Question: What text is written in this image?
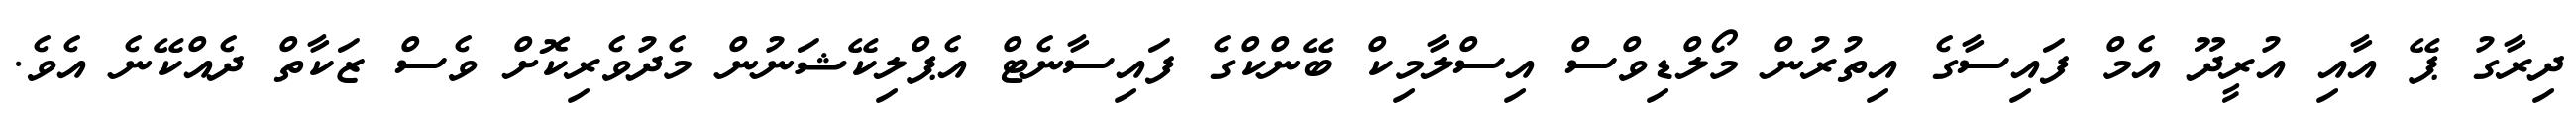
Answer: ދިރާގު ޕޭ އާއި އުރީދޫ އެމް ފައިސާގެ އިތުރުން މޯލްޑިވްސް އިސްލާމިކް ބޭންކްގެ ފައިސާނެޓް އެޕްލިކޭޝަނުން މެދުވެރިކޮށް ވެސް ޒަކާތް ދެއްކޭނެ އެވެ.